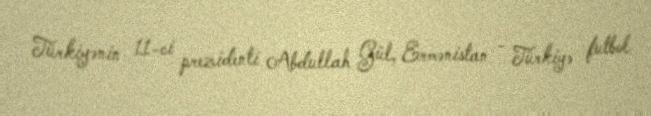
Türkiyənin 11-ci prezidenti Abdullah Gül, Ermənistan - Türkiyə futbol